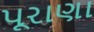
પૂરાણા